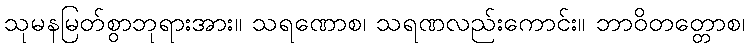
သုမနမြတ်စွာဘုရားအား။ သရဏောစ၊ သရဏလည်းကောင်း။ ဘာဝိတတ္တောစ၊